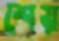
শেয়